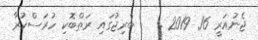
ޖެނުއަރީ 16